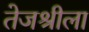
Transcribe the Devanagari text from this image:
तेजश्रीला